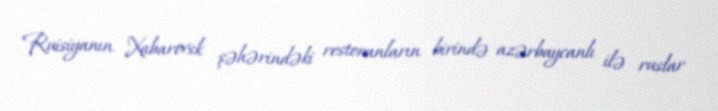
Ruisiyanın Xabarovsk şəhərindəki restoranların birində azərbaycanlı ilə ruslar